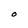
Character: O